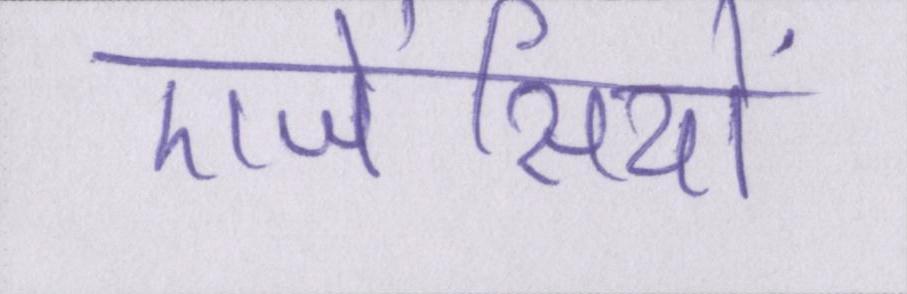
एजेंसियों